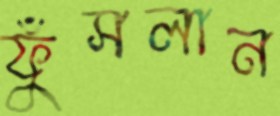
ফুঁসলান